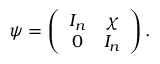
\psi = \left( \begin{array} { c c } { { I _ { n } } } & { { \chi } } \\ { { 0 } } & { { I _ { n } } } \end{array} \right) .